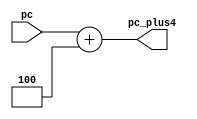
`timescale 1ns / 1ps
//////////////////////////////////////////////////////////////////////////////////
// Company: 
// Engineer: 
// 
// Design Name: 
// Module Name:    Plus4 
// Project Name: 
// Target Devices: 
// Tool versions: 
// Description: 
//
// Dependencies: 
//
// Revision: 
// Revision 0.01 - File Created
// Additional Comments: 
//
//////////////////////////////////////////////////////////////////////////////////
module Plus4(
    input [31:0] pc,
    output [31:0] pc_plus4
    );
assign pc_plus4 = pc + 32'b00000000000000000000000000000100;

endmodule